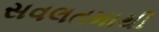
સવલતમાથી